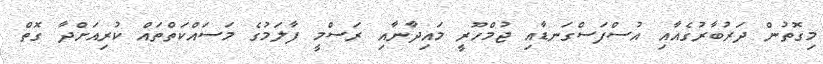
މިގޮތުން ދަރުބާރުގެއާއި އުސްފަސްގަނޑާއި ޖުމްހޫރީ މައިދާނާއި ރަސްމީ ފާލަމުގެ މަސައްކަތްތައް ކުރިއަށްދާ ގޮތް